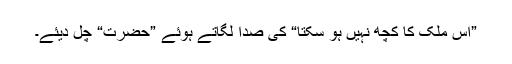
”اس ملک کا کچھ نہیں ہو سکتا“ کی صدا لگاتے ہوئے ”حضرت“ چل دیئے۔